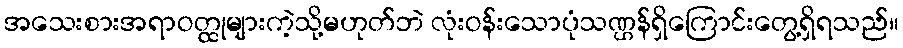
အသေးစားအရာဝတ္ထုများကဲ့သို့မဟုတ်ဘဲ လုံးဝန်းသောပုံသဏ္ဌန်ရှိကြောင်းတွေ့ရှိရသည်။